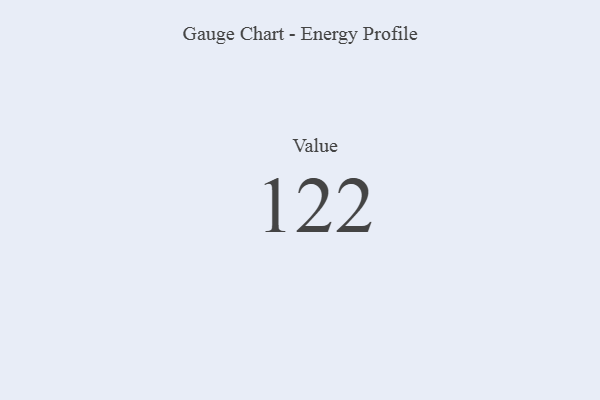
{"axis": {"x": "Metric", "y": "Value"}, "legend": [""], "data": [{"x": "Value", "y": 122, "type": ""}]}